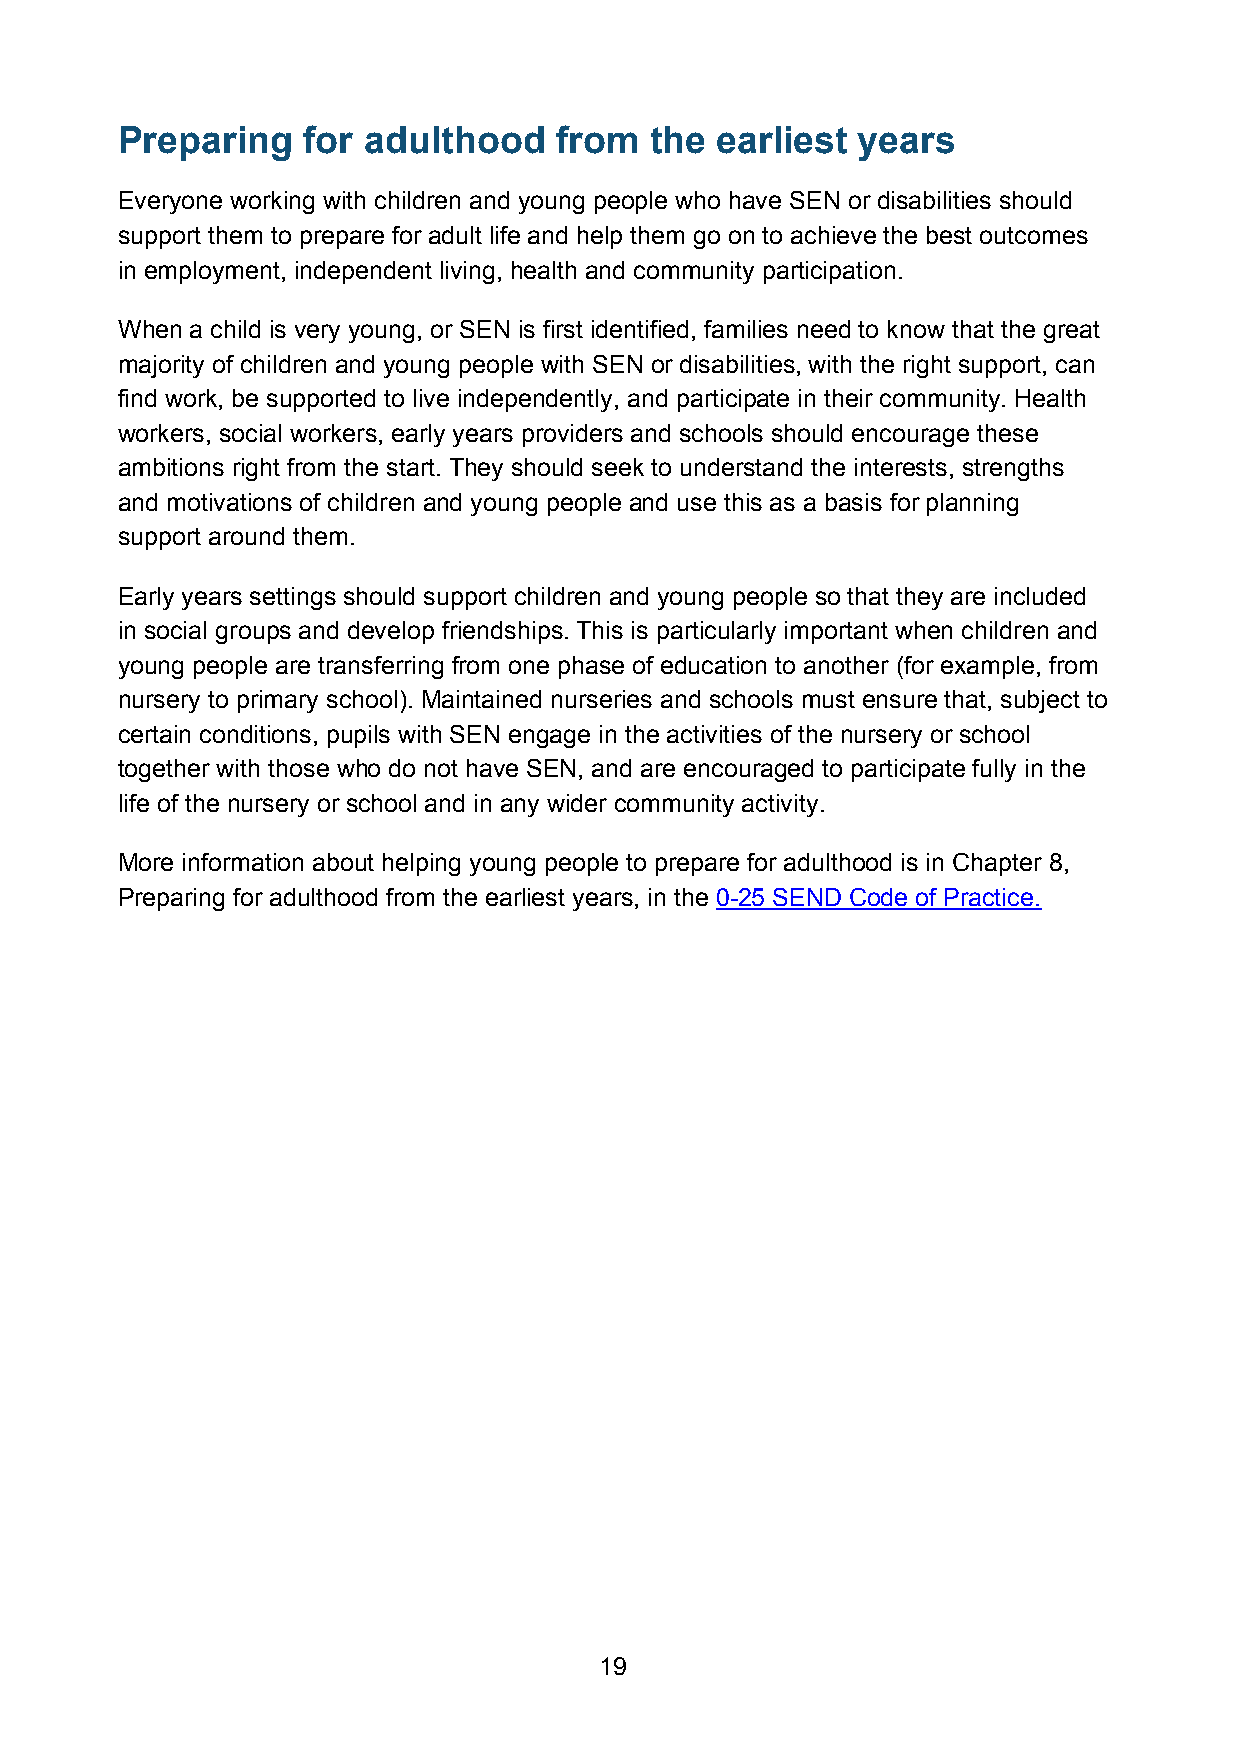
Preparing   for adulthood    from  the earliest  years
 Everyone working with children and young people who have SEN or disabilities should
 support them to prepare for adult life and help them go on to achieve the best outcomes
 in employment, independent living, health and community participation.
 When a child is very young, or SEN is first identified, families need to know that the great
 majority of children and young people with SEN or disabilities, with the right support, can
 find work, be supported to live independently, and participate in their community. Health
 workers, social workers, early years providers and schools should encourage these
 ambitions right from the start. They should seek to understand the interests, strengths
 and motivations of children and young people and use this as a basis for planning
 support around them.
 Early years settings should support children and young people so that they are included
 in social groups and develop friendships. This is particularly important when children and
 young people are transferring from one phase of education to another (for example, from
 nursery to primary school). Maintained nurseries and schools must ensure that, subject to
 certain conditions, pupils with SEN engage in the activities of the nursery or school
 together with those who do not have SEN, and are encouraged to participate fully in the
 life of the nursery or school and in any wider community activity.
 More information about helping young people to prepare for adulthood is in Chapter 8,
 Preparing for adulthood from the earliest years, in the 0-25 SEND Code of Practice.
 19